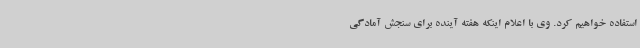
استفاده خواهیم کرد. وی با اعلام اینکه هفته آینده برای سنجش آمادگی